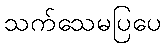
သက်သေမပြပေ